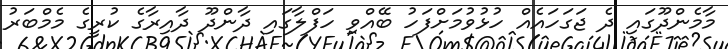
މާމެންދޫގައި ދެ ޖަގަހައެއް ހުޅުވުމަށްފަހު ބޭއްވި ހަފްލާގައި ދާންދޫ ދާއިރާގެ ކުރީގެ މެމްބަރު